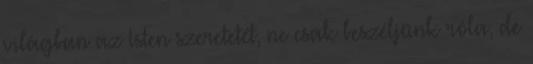
világban az Isten szeretetét, ne csak beszéljünk róla, de